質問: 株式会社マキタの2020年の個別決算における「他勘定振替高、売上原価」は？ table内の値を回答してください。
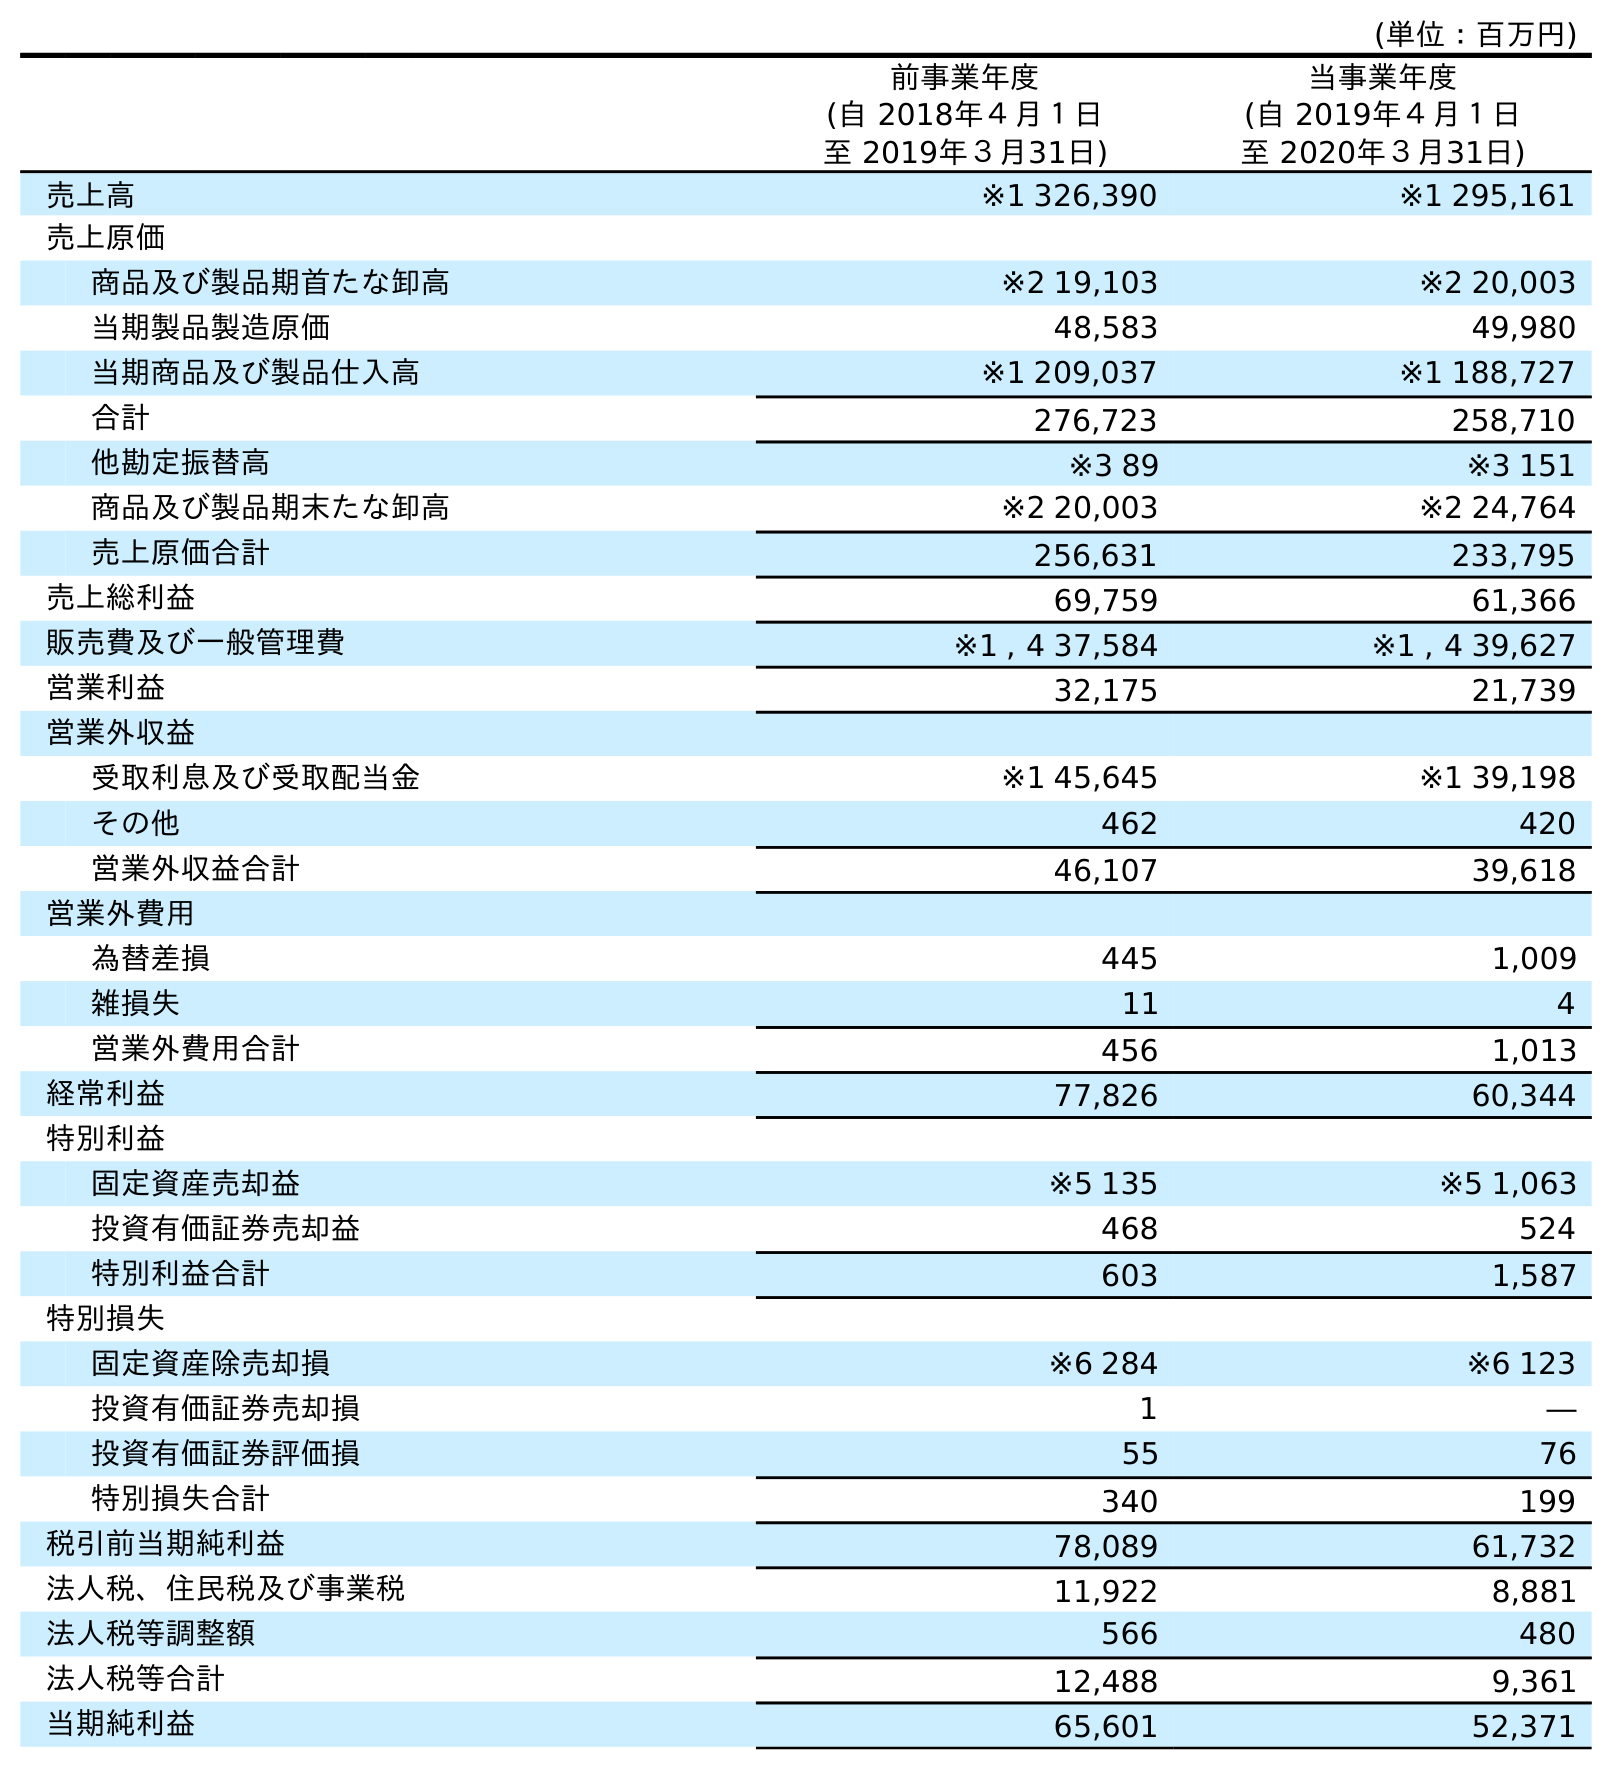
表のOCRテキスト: (単位：百万円) 前事業年度 (自 2018年４月１日 至 2019年３月31日) 当事業年度 (自 2019年４月１日 至 2020年３月31日) 売上高 ※1 326,390 ※1 295,161 売上原価 商品及び製品期首たな卸高 ※2 19,103 ※2 20,003 当期製品製造原価 48,583 49,980 当期商品及び製品仕入高 ※1 209,037 ※1 188,727 合計 276,723 258,710 他勘定振替高 ※3 89 ※3 151 商品及び製品期末たな卸高 ※2 20,003 ※2 24,764 売上原価合計 256,631 233,795 売上総利益 69,759 61,366 販売費及び一般管理費 ※1 , 4 37,584 ※1 , 4 39,627 営業利益 32,175 21,739 営業外収益 受取利息及び受取配当金 ※1 45,645 ※1 39,198 その他 462 420 営業外収益合計 46,107 39,618 営業外費用 為替差損 445 1,009 雑損失 11 4 営業外費用合計 456 1,013 経常利益 77,826 60,344 特別利益 固定資産売却益 ※5 135 ※5 1,063 投資有価証券売却益 468 524 特別利益合計 603 1,587 特別損失 固定資産除売却損 ※6 284 ※6 123 投資有価証券売却損 1 ― 投資有価証券評価損 55 76 特別損失合計 340 199 税引前当期純利益 78,089 61,732 法人税、住民税及び事業税 11,922 8,881 法人税等調整額 566 480 法人税等合計 12,488 9,361 当期純利益 65,601 52,371
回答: ※3151